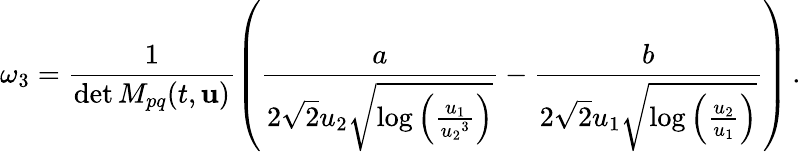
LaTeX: \omega_{3}=\frac{1}{\operatorname*{det}M_{pq}(t,{\mathbf{u}})}\left(\frac{a}{2\sqrt{2}{u_{2}}\sqrt{\log\left(\frac{{u_{1}}}{{u_{2}}^{3}}\right)}}-\frac{b}{2\sqrt{2}{u_{1}}\sqrt{\log\left(\frac{{u_{2}}}{{u_{1}}}\right)}}\right)\, .